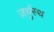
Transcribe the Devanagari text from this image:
ज़र्थुस्थ